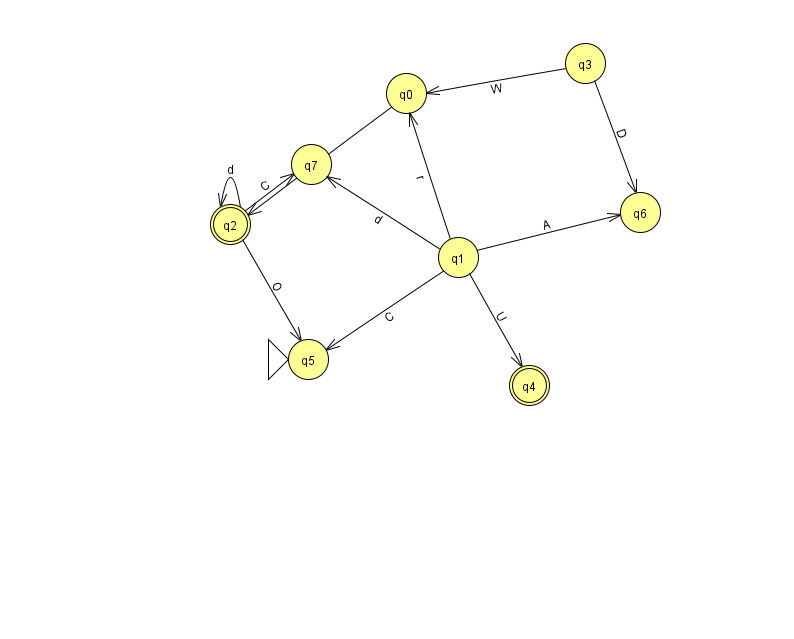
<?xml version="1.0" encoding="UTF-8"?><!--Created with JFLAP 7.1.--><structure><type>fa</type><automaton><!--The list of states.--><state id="0" name="q0"><x>406.0</x><y>80.0</y></state><state id="1" name="q1"><x>458.0</x><y>244.0</y></state><state id="2" name="q2"><x>230.0</x><y>211.0</y><final/></state><state id="3" name="q3"><x>585.0</x><y>50.0</y></state><state id="4" name="q4"><x>529.0</x><y>372.0</y><final/></state><state id="5" name="q5"><x>308.0</x><y>346.0</y><initial/></state><state id="6" name="q6"><x>640.0</x><y>199.0</y></state><state id="7" name="q7"><x>311.0</x><y>151.0</y></state><!--The list of transitions.--><transition><from>1</from><to>0</to><read>r</read></transition><transition><from>0</from><to>2</to><read>e</read></transition><transition><from>1</from><to>6</to><read>A</read></transition><transition><from>2</from><to>2</to><read>d</read></transition><transition><from>1</from><to>5</to><read>C</read></transition><transition><from>1</from><to>4</to><read>U</read></transition><transition><from>3</from><to>0</to><read>W</read></transition><transition><from>3</from><to>6</to><read>D</read></transition><transition><from>2</from><to>5</to><read>O</read></transition><transition><from>2</from><to>7</to><read>C</read></transition><transition><from>1</from><to>7</to><read>d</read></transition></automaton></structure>